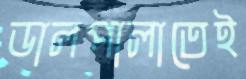
ডালপালাতেই